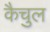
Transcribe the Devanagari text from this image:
कैचुल